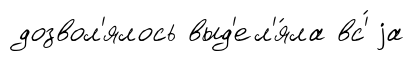
дозвол'ялось выд'ел'я́ла вс'́ jа